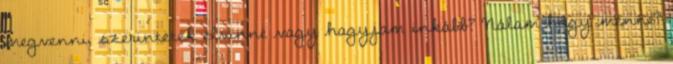
megvenni, szerintetek elvinné vagy hagyjam inkább? Nálam hogy menne?